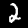
Digit: 2